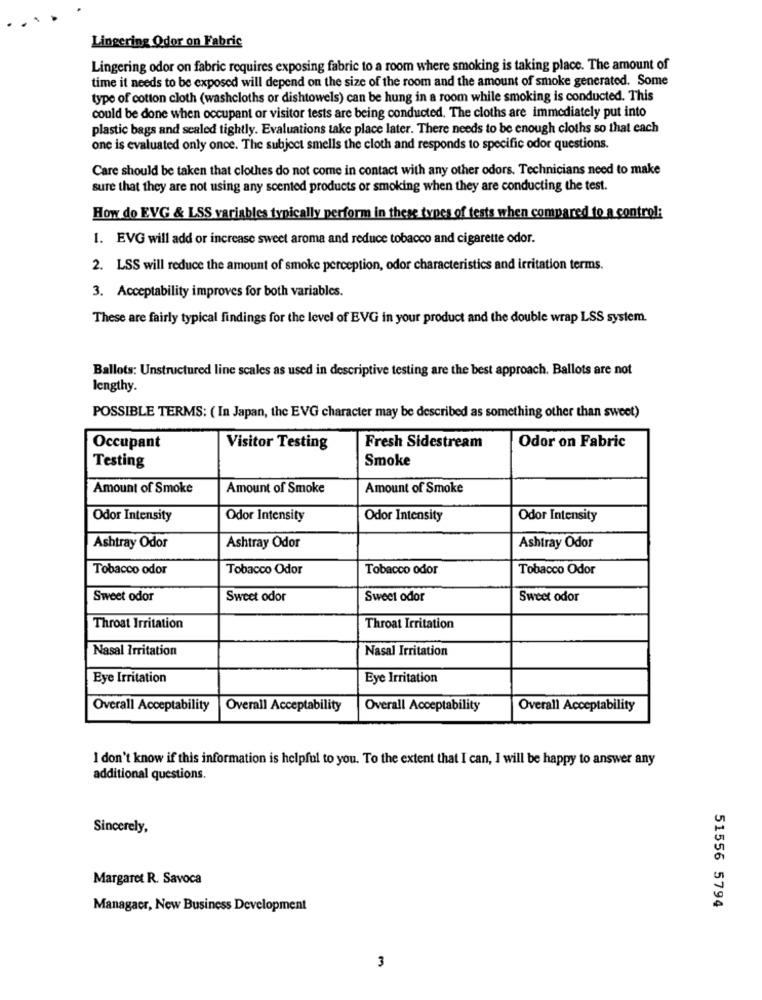
Lingering Odor on Fabric
Lingering odor on fabric requires exposing fabric to a room where smoking is taking place. The amount of
time it needs to be exposed will depend on the size of the room and the amount of smoke generated. Some
type of cotton cloth (washcloths or dishtowels) can be hung in a room while smoking is conducted. This
could be done when occupant or visitor tests are being conducted. The cloths are immediately put into
plastic bags and sealed tightly. Evaluations take place later. There needs to be enough cloths so that each
one is evaluated only once. The subject smells the cloth and responds to specific odor questions.
Care should be taken that clothes do not come in contact with any other odors. Technicians need to make
sure that they are not using any scented products or smoking when they are conducting the test.
How do EVG & LSS variables typically perform in these types of tests when compared to a control:
1. EVG will add or increase sweet aroma and reduce tobacco and cigarette odor.
2. LSS will reduce the amount of smoke perception, odor characteristics and irritation terms.
3. Acceptability improves for both variables.
These are fairly typical findings for the level of EVG in your product and the double wrap LSS system.
Ballots: Unstructured line scales as used in descriptive testing are the best approach. Ballots are not
lengthy.
POSSIBLE TERMS: ( In Japan, the EVG character may be described as something other than sweet)
Occupant
Visitor Testing
Fresh Sidestream
Odor on Fabric
Testing
Smoke
Amount of Smoke
Amount of Smoke
Amount of Smoke
Odor Intensity
Odor Intensity
Odor Intensity
Odor Intensity
Ashtray Odor
Ashtray Odor
Ashtray Odor
Tobacco odor
Tobacco Odor
Tobacco odor
Tobacco Odor
Sweet odor
Sweet odor
Sweet odor
Sweet odor
Throat Irritation
Throat Irritation
Nasal Irritation
Nasal Irritation
Eye Irritation
Eye Irritation
Overall Acceptability
Overall Acceptability
Overall Acceptability
Overall Acceptability
I don't know if this information is helpful to you. To the extent that I can, I will be happy to answer any
additional questions.
Sincerely,
Margaret R. Savoca
Managacr, Now Business Development
51556 5794
3